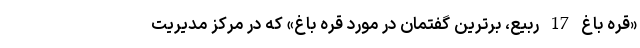
«قره باغ 17 ربیع، برترین گفتمان در مورد قره باغ» که در مرکز مدیریت